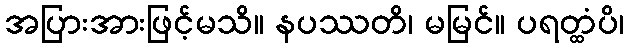
အပြားအားဖြင့်မသိ။ နပဿတိ၊ မမြင်။ ပရတ္ထံပိ၊